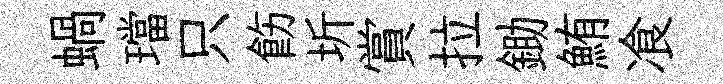
蝸璫只飭圻賞拉鋤鮪飡